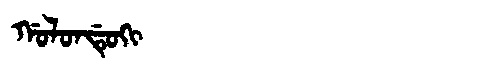
Manchu: ᡤᠣᠯᠣᠨᡩᡠᡴᡳ
Romanization: GOLONDUKI